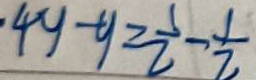
\cdot 4 y - y \geq \frac { 1 } { 2 } - \frac { 1 } { 2 }